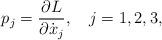
LaTeX: \begin{align*}p_j = {\partial L \over \partial \dot x_j}, \ \ \ j=1,2,3,\end{align*}